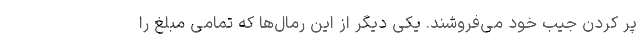
پر کردن جیب خود می‌فروشند. یکی دیگر از این رمال‌ها که تمامی مبلغ را